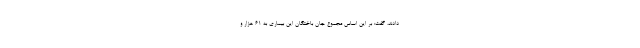
دادند، گفت: بر این اساس مجموع جان باختگان این بیماری به ۶۱ هزار و